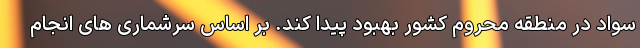
سواد در منطقه محروم کشور بهبود پیدا کند. بر اساس سرشماری های انجام